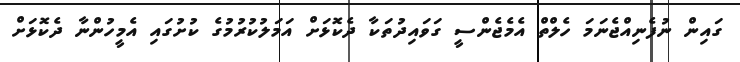
ގައިން ނުފެނިއްޖެނަމަ ހެލްތް އެމެޖެންސީ ގަވައިދުތަކާ ދެކޮޅަށް އަމަލުކުރުމުގެ ކުށުގައި އެމީހުންނާ ދެކޮޅަށް